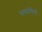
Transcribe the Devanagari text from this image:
सफविरों